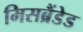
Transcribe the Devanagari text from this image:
मिसब्रैंडेड